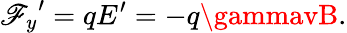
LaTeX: {\mathscr{F}_{y}}^{\prime}=qE^{\prime}=-q\gammavB.